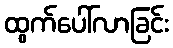
ထွက်ပေါ်လာခြင်း